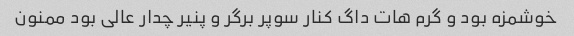
خوشمزه بود و گرم هات داگ کنار سوپر برگر و پنیر چدار عالی بود ممنون